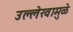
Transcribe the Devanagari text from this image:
उल्लेखामुळे